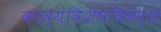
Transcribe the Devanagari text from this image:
काव्यविशेषविमर्श